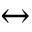
\leftrightarrow